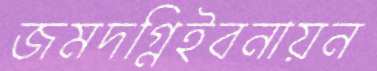
জমদগ্নিইবনায়ন